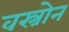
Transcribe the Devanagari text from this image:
वस्त्रोन